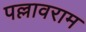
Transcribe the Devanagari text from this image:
पल्लावराम